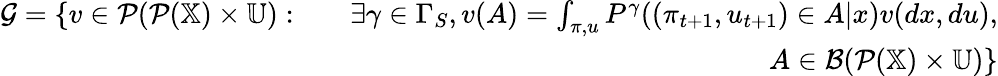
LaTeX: \begin{array}{rlr}{{\cal G}=\{ v\in{\cal P}({\cal P}(\mathbb{X})\times\mathbb{U}):}&{}&{\exists\gamma\in\Gamma_{S},v(A)=\int_{\pi,u}P^{\gamma}((\pi_{t+1},u_{t+1})\in A|x)v(dx,du),}\\ &{}&{\quad\quad\quad\quad\quad\quad\quad\quad A\in{\cal B}({\cal P}(\mathbb{X})\times\mathbb{U})\} }\end{array}